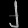
Digit: ၂